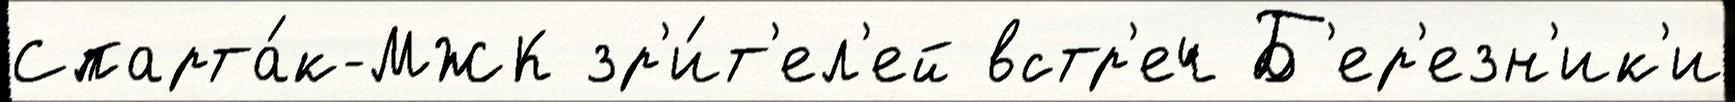
Спарта́к-МЖК зр'и́т'ел'ей встр'еч Б'ер'езн'ик'и